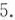
5.